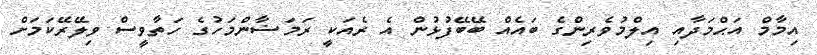
އިމާމް އަޙްމަދާއި އިލްމުވެރިންގެ ބައެއް ބޭބޭފުޅުން އެ ރެއަކީ ރަމަޟާންމަހުގެ ހަތާވީސް ވިލޭރޭކަމަށް